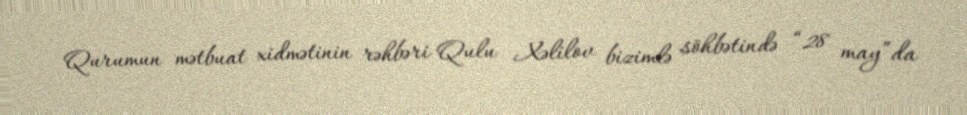
Qurumun mətbuat xidmətinin rəhbəri Qulu Xəlilov bizimlə söhbətində “28 may”da